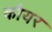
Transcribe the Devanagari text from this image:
कौयर